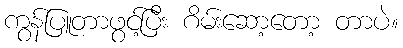
ကွန်ပြူတာဖွင့်ပြီး ဂိမ်းဆော့တော့ တာပဲ။